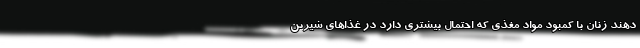
دهند زنان با کمبود مواد مغذی که احتمال بیشتری دارد در غذاهای شیرین